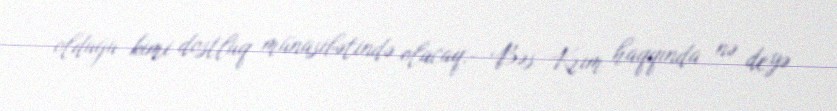
olduğu kimi dostluq münasibətində olacaq.- Bəs Krım haqqında nə deyə